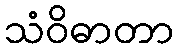
သံဝိဓာတာ